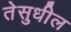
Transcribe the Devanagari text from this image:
तेसुधील